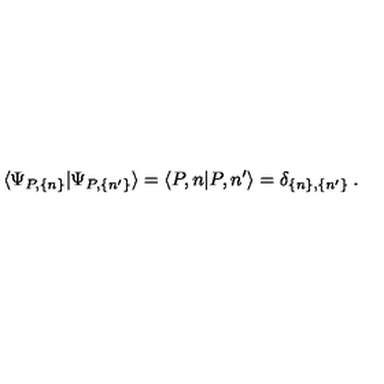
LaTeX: \langle \Psi _ { P , \{ n \} } | \Psi _ { P , \{ n ^ { \prime } \} } \rangle = \langle P , n | P , n ^ { \prime } \rangle = \delta _ { \{ n \} , \{ n ^ { \prime } \} } \: .